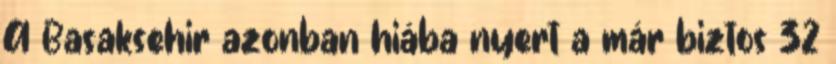
A Basaksehir azonban hiába nyert a már biztos 32